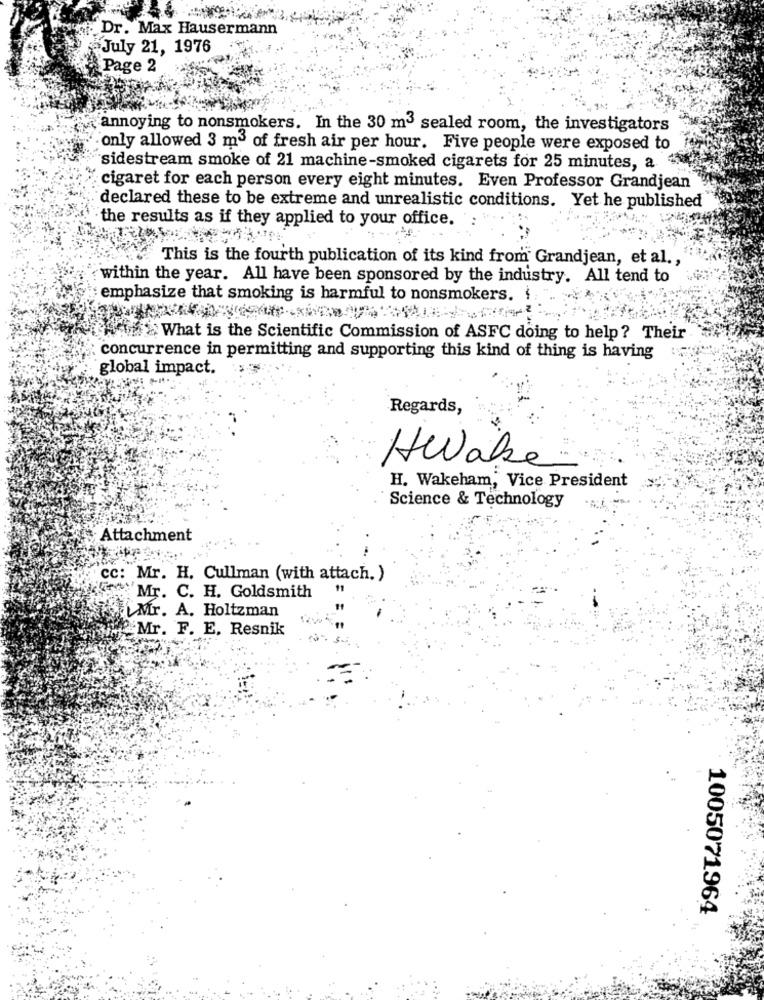
Dr. Max Hausermann
July 21, 1976
Page 2
annoying to nonsmokers. In the 30 m3 sealed room, the investigators
only allowed 3 m3 of fresh air per hour. Five people were exposed to
sidestream smoke of 21 machine-smoked cigarets for 25 minutes, a +3
cigaret for each person every eight minutes. Even Professor Grandjean
declared these to be extreme and unrealistic conditions. Yet he published
the results as if they applied to your office.
This is the fourth publication of its kind from Grandjean, et al .,
within the year. All have been sponsored by the industry. All tend to
emphasize that smoking is harmful to nonsmokers. i
Acth > What is the Scientific Commission of ASFC doing to help? Their
concurrence in permitting and supporting this kind of thing is having
global impact.
Regards,
Awake
H. Wakeham, Vice President
Science & Technology
Attachment
cc: Mr. H. Cullman (with attach. )
Mr. C. H. Goldsmith
UMr. A. Holtzman
Mr. F. E. Resnik
1005071964